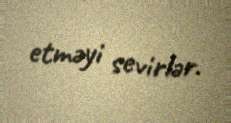
etməyi sevirlər.